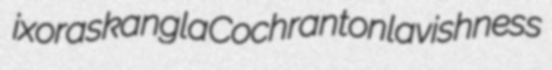
ixoras kangla Cochranton lavishness